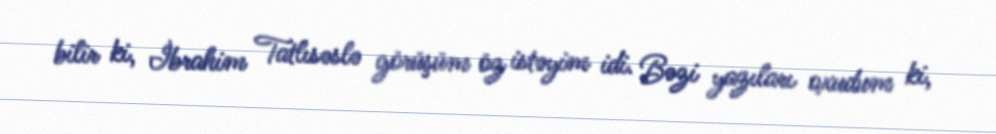
bilir ki, İbrahim Tatlısəslə görüşüm öz istəyim idi. Bəzi yazıları oxudum ki,